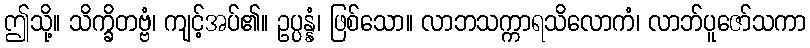
ဤသို့။ သိက္ခိတဗ္ဗံ၊ ကျင့်အပ်၏။ ဥပ္ပန္နံ၊ ဖြစ်သော။ လာဘသက္ကာရသိလောကံ၊ လာဘ်ပူဇော်သကာ